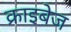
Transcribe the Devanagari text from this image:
क्राइबेज